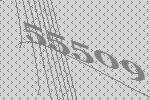
55509